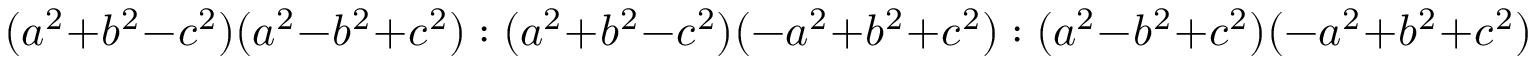
\displaystyle ( a ^ { 2 } + b ^ { 2 } - c ^ { 2 } ) ( a ^ { 2 } - b ^ { 2 } + c ^ { 2 } ) : ( a ^ { 2 } + b ^ { 2 } - c ^ { 2 } ) ( - a ^ { 2 } + b ^ { 2 } + c ^ { 2 } ) : ( a ^ { 2 } - b ^ { 2 } + c ^ { 2 } ) ( - a ^ { 2 } + b ^ { 2 } + c ^ { 2 } )